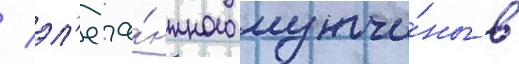
/ эл'ега́нтного мужчи́ны в